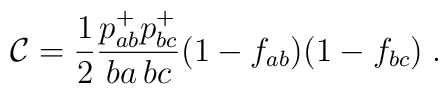
{\cal C} = \frac{1}{2} \frac{p^+_{ab}p^+_{bc}}{ba \, bc} (1- f_{ab})(1 - f_{bc}) \; .